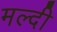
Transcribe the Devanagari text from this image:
मल्दी